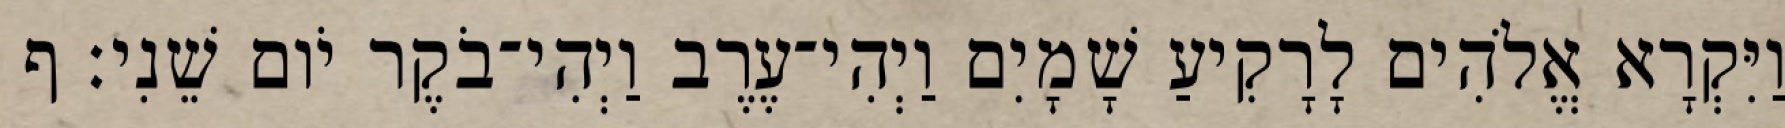
וַיִּקְרָא אֱלֹהִים לָרָקִיעַ שָׁמָיִם וַיְהִי־עֶרֶב וַיְהִי־בֹקֶר יֹום שֵׁנִי׃ ף